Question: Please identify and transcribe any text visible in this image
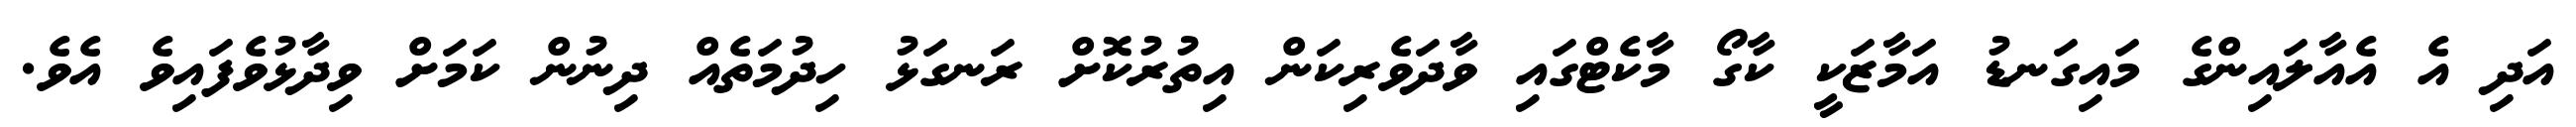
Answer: އަދި އެ އެއާލައިންގެ މައިގަނޑު އަމާޒަކީ ކާގޯ މާކެޓްގައި ވާދަވެރިކަން އިތުރުކޮށް ރަނގަޅު ހިދުމަތެއް ދިނުން ކަމަށް ވިދާޅުވެފައިވެ އެވެ.